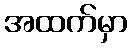
အထက်မှာ